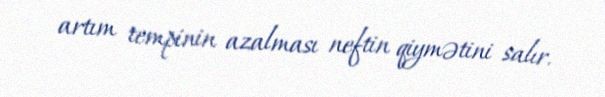
artım tempinin azalması neftin qiymətini salır.